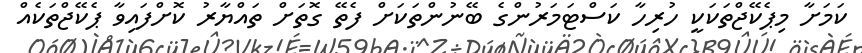
ކަމަށާ މިޕެކޭޖްތަކަކީ ހުރިހާ ކަސްޓަމަރުންގެ ބޭނުންތަކަށް ފެތޭ ގޮތަށް ތައްޔާރު ކޮށްފައިވާ ޕެކޭޖްތަކެއް